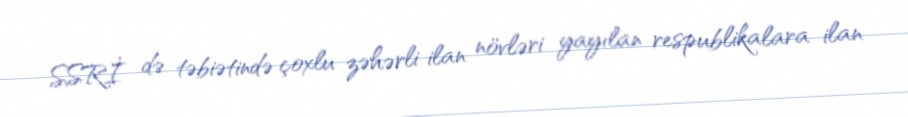
SSRİ də təbiətində çoxlu zəhərli ilan növləri yayılan respublikalara ilan